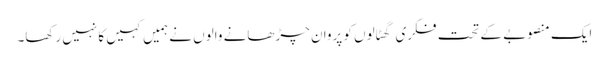
ایک منصوبے کے تحت فکری گھٹالوں کو پروان چڑھانے والوں نے ہمیں کہیں کا نہیں رکھا۔